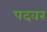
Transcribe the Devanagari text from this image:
पदवर